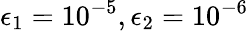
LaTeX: \epsilon_{1}=10^{-5},\epsilon_{2}=10^{-6}